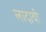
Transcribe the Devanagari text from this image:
लादावी